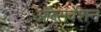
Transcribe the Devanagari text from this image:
ऑब्सर्वेशन